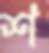
শ